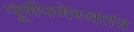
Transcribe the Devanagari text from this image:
पूर्णपणेस्वतंत्र